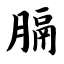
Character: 膈